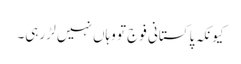
کیونکہ پاکستانی فوج تو وہاں نہیں لڑ رہی۔